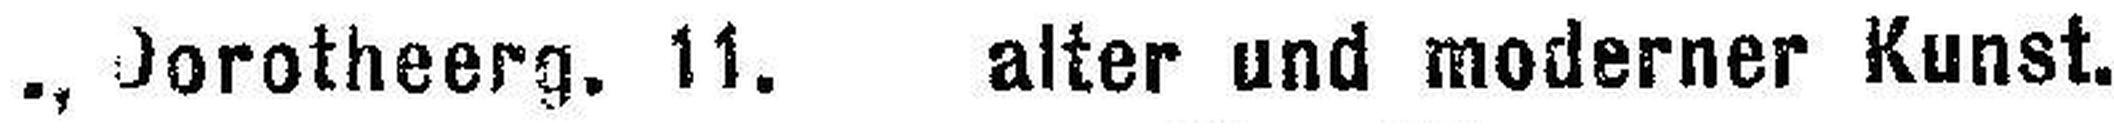
., Dorotheerg. 11. alter und moderner Kunst.